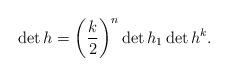
LaTeX: \begin{gather*}\det h =\left(\frac{k}{2}\right)^n\det h_1\det h^k.\end{gather*}